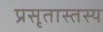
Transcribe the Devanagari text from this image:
प्रसृतास्तस्य